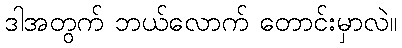
ဒါအတွက် ဘယ်လောက် တောင်းမှာလဲ။